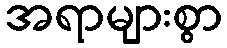
အရာများစွာ